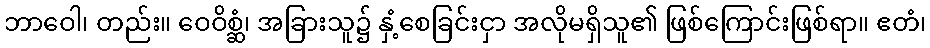
ဘာဝေါ၊ တည်း။ ဝေဝိစ္ဆံ၊ အခြားသူ၌ နှံ့စေခြင်းငှာ အလိုမရှိသူ၏ ဖြစ်ကြောင်းဖြစ်ရာ။ ဧတံ၊